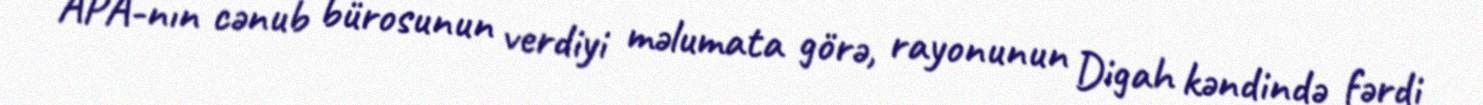
APA-nın cənub bürosunun verdiyi məlumata görə, rayonunun Digah kəndində fərdi